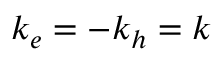
k _ { e } = - k _ { h } = k